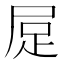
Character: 𧿃